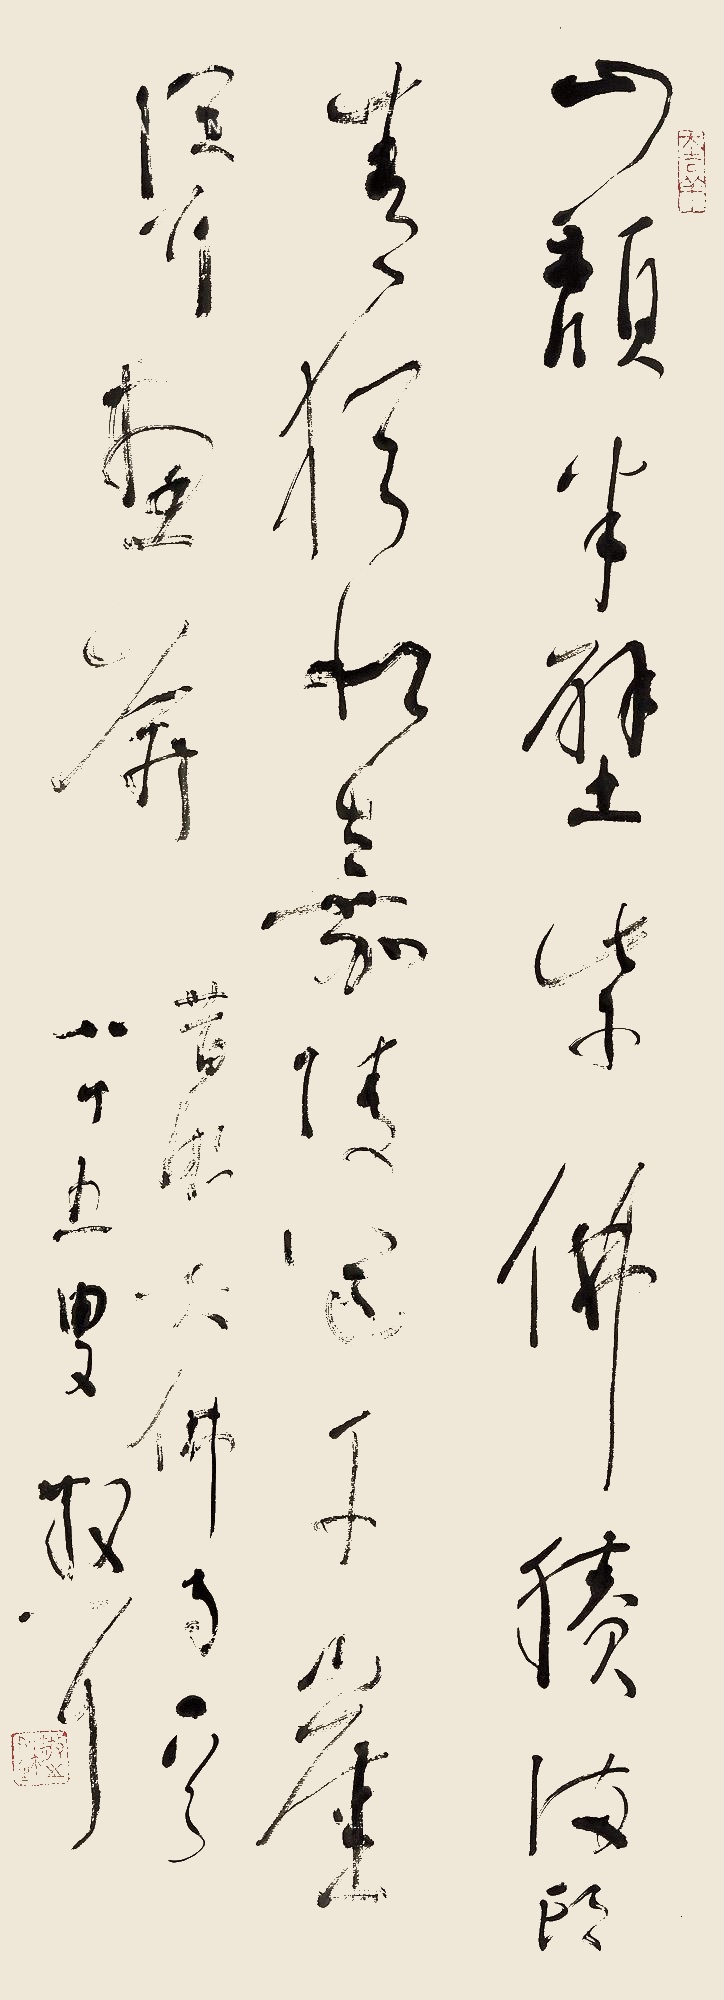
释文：山颓半壁紫，佛剩满头青。犹似嘉陵道，千崖耸画屏。《昔游大佛寺》一首。八十五叟散耳。